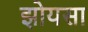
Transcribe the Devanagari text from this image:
झोयसा